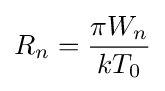
R_{n}={\frac {\pi W_{n}}{kT_{0}}}